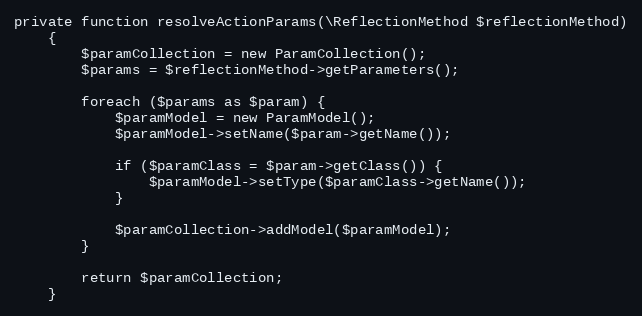
Language: PHP
private function resolveActionParams(\ReflectionMethod $reflectionMethod)
    {
        $paramCollection = new ParamCollection();
        $params = $reflectionMethod->getParameters();

        foreach ($params as $param) {
            $paramModel = new ParamModel();
            $paramModel->setName($param->getName());

            if ($paramClass = $param->getClass()) {
                $paramModel->setType($paramClass->getName());
            }

            $paramCollection->addModel($paramModel);
        }

        return $paramCollection;
    }